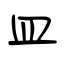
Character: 皿